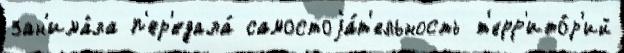
зан'има́ла п'ер'едала́ самостоjа́т'ельность т'ерр'ито́р'ий